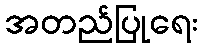
အတည်ပြုရေး